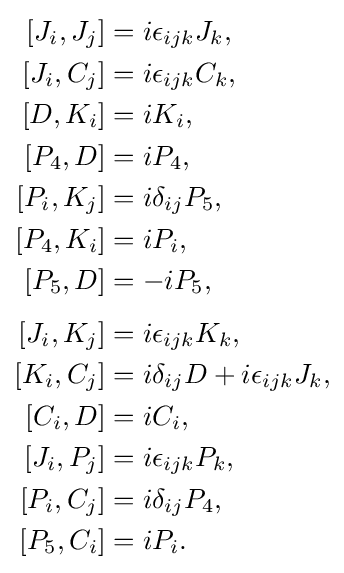
{\begin{aligned}\left[J_{i},J_{j}\right]&=i\epsilon _{ijk}J_{k},\\\left[J_{i},C_{j}\right]&=i\epsilon _{ijk}C_{k},\\\left[D,K_{i}\right]&=iK_{i},\\\left[P_{4},D\right]&=iP_{4},\\\left[P_{i},K_{j}\right]&=i\delta _{ij}P_{5},\\\left[P_{4},K_{i}\right]&=iP_{i},\\\left[P_{5},D\right]&=-iP_{5},\\[4pt]\left[J_{i},K_{j}\right]&=i\epsilon _{ijk}K_{k},\\\left[K_{i},C_{j}\right]&=i\delta _{ij}D+i\epsilon _{ijk}J_{k},\\\left[C_{i},D\right]&=iC_{i},\\\left[J_{i},P_{j}\right]&=i\epsilon _{ijk}P_{k},\\\left[P_{i},C_{j}\right]&=i\delta _{ij}P_{4},\\\left[P_{5},C_{i}\right]&=iP_{i}.\end{aligned}}